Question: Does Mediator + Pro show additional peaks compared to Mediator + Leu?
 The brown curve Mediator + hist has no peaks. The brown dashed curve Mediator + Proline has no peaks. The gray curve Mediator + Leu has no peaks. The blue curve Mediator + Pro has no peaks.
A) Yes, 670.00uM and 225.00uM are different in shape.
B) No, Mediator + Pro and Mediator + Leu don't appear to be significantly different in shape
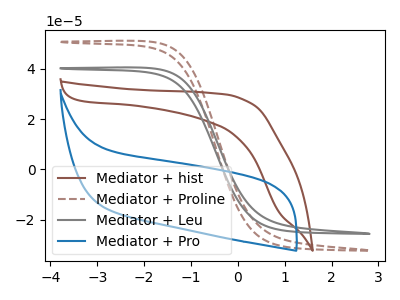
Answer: <think>Neither "Mediator + Pro" or "Mediator + Leu" have any peaks.
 </think>
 <answer>B) No, "Mediator + Pro" and "Mediator + Leu" don't appear to be significantly different in shape</answer>
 <eval>B</eval>